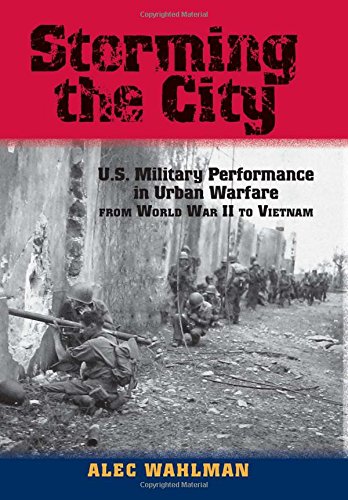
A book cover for Storming the City: U.S. Military Performance in Urban Warfare from World War II to Vietnam (American Military Studies); Alec Wahlman; History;